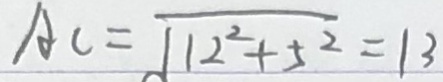
A C = \sqrt { 1 2 ^ { 2 } + 5 ^ { 2 } } = 1 3